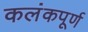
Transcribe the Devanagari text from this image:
कलंकपूर्ण